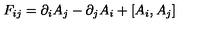
F _ { i j } = \partial _ { i } A _ { j } - \partial _ { j } A _ { i } + [ A _ { i } , A _ { j } ]